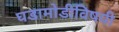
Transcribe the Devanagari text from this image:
घडामोडीविषयी